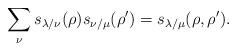
LaTeX: \begin{align*}\sum_{\nu} s_{\lambda/\nu}(\rho) s_{\nu/\mu}(\rho') = s_{\lambda/\mu}(\rho, \rho').\end{align*}